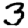
Digit: 3